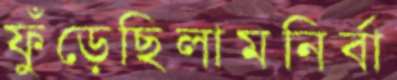
ফুঁড়েছিলামনির্বা